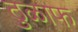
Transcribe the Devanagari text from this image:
ठुळाफ